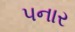
પનાર